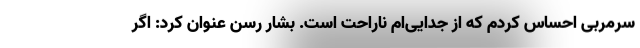
سرمربی احساس کردم که از جدایی‌ام ناراحت است. بشار رسن عنوان کرد: اگر